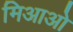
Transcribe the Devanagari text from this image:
मिआओ